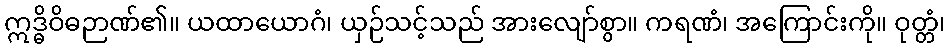
ဣဒ္ဓိဝိဓဉာဏ်၏။ ယထာယောဂံ၊ ယှဉ်သင့်သည် အားလျော်စွာ။ ကရဏံ၊ အကြောင်းကို။ ဝုတ္တံ၊